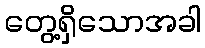
တွေ့ရှိသောအခါ